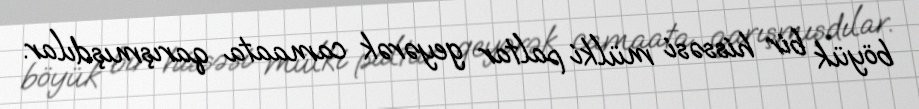
böyük bir hissəsi mülki paltar geyərək camaata qarışmışdılar.